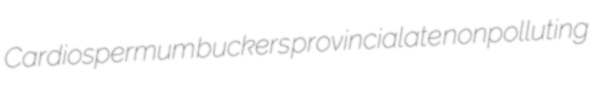
Cardiospermum buckers provincialate nonpolluting